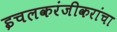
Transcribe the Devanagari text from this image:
इचलकरंजीकरांचा